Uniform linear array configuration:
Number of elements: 64
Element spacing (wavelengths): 1
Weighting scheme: blackman
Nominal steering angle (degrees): -15
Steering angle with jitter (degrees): -15.609
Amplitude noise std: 0.05
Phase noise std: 0.05

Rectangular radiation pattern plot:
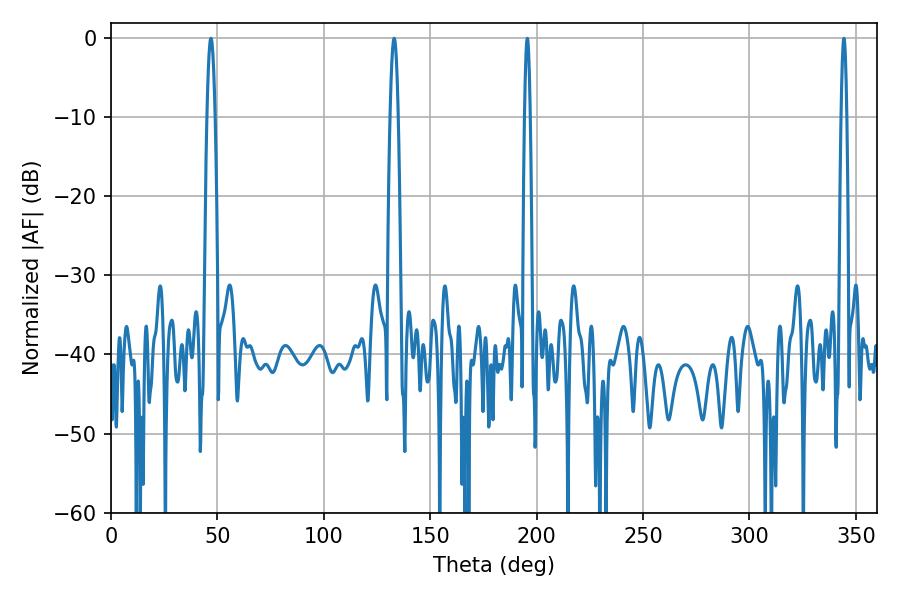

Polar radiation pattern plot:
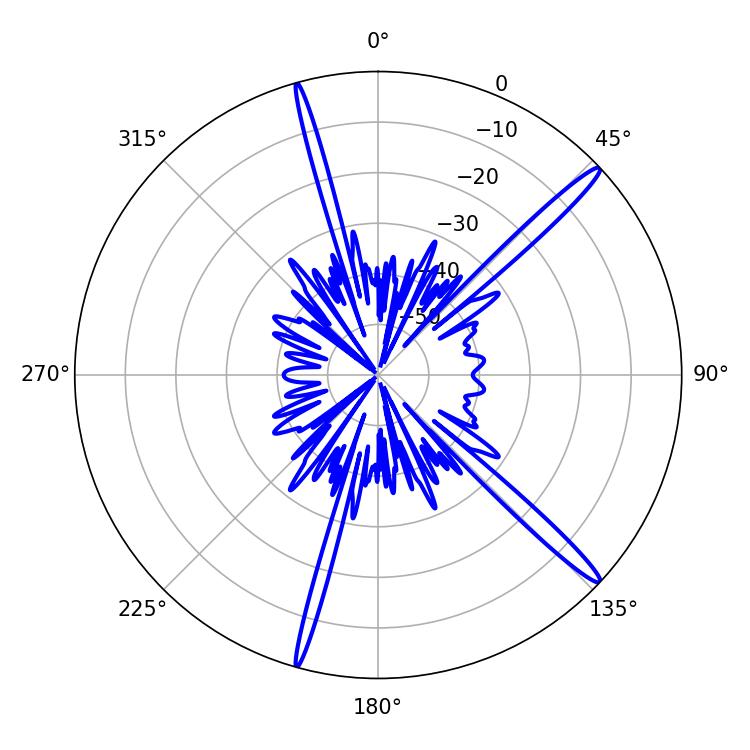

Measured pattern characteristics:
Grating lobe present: TRUE
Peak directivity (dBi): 16.625
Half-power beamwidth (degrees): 1.98
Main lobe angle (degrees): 46.98